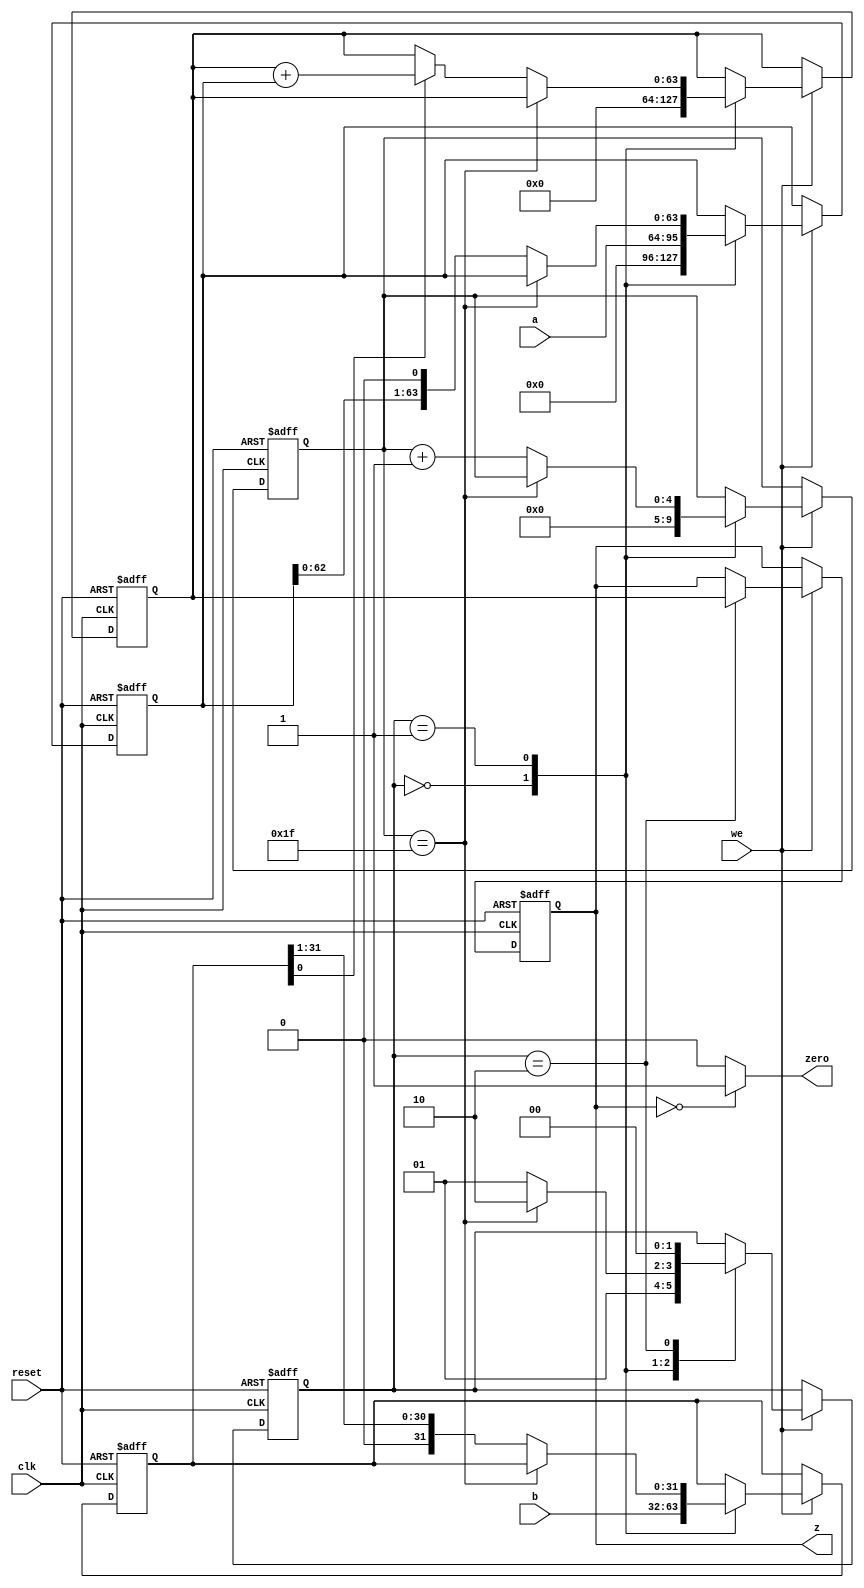
`timescale 1ns / 1ps
//////////////////////////////////////////////////////////////////////////////////
// Company: 
// Engineer: 
// 
// Design Name: 
// Module Name: multu
// Project Name: 
// Target Devices: 
// Tool Versions: 
// Description: 
// 
// Dependencies: 
// 
// Revision:
// Revision 0.01 - File Created
// Additional Comments:
// 
//////////////////////////////////////////////////////////////////////////////////


module multu(
input       clk,                               
  input       reset,   
  input  we,                         
  input [31:0]      a,               
 input [31:0]     b,                     
 output [63:0]   z,
 output zero                       
) ; 
reg [63:0] z_reg;
parameter s0=0,s1=1,s2=2;
reg [4:0] count=0;
reg [1:0] state=0;
reg [63:0] p,t;
reg [31:0] b_reg;
assign zero=(z==64'b0)?1:0;
always @ (posedge clk or posedge reset)
begin
if(reset)
begin
z_reg<=0;
count=0;
state=0;
p=0;
t=0;
b_reg=0;
end
else
begin
if(we) begin
case(state)
s0:begin
count<=0;
p<=0;
b_reg<=b;
t<={{32{1'b0}},a};
state<=s1;
end
s1:begin
if(count==5'b11111)
state<=s2;
else begin
if(b_reg[0]==1'b1)
p<=p+t;
else
p<=p;
b_reg<=b_reg>>1;
t<=t<<1;
count<=count+1;
state<=s1;
end
end
s2:begin
z_reg<=p;
state<=s0;
end
default:;
endcase
end
end
end
assign z=z_reg;
endmodule